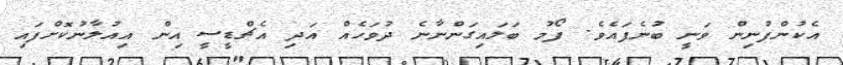
އެކުންފުނިން ވަނީ ބުނެފައެވެ. ފޯމު ބަލައިގަންނާނެ ދުވަހެއް އަދި އެޗްޑީސީ އިން އިއުލާނުކޮށްފައި